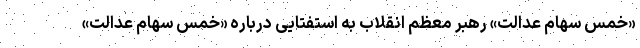
«خمس سهام عدالت» رهبر معظم انقلاب به استفتایی درباره «خمس سهام عدالت»